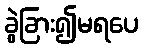
ခွဲခြား၍မရပေ